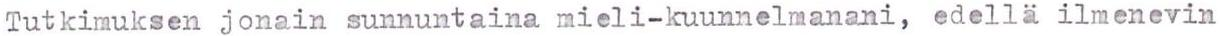
Tutkimuksen jonain sunnuntaina mieli-kuunnelmanani, edellä ilmenevin